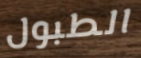
الطبول